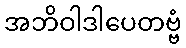
အဘိဝါဒါပေတဗ္ဗံ